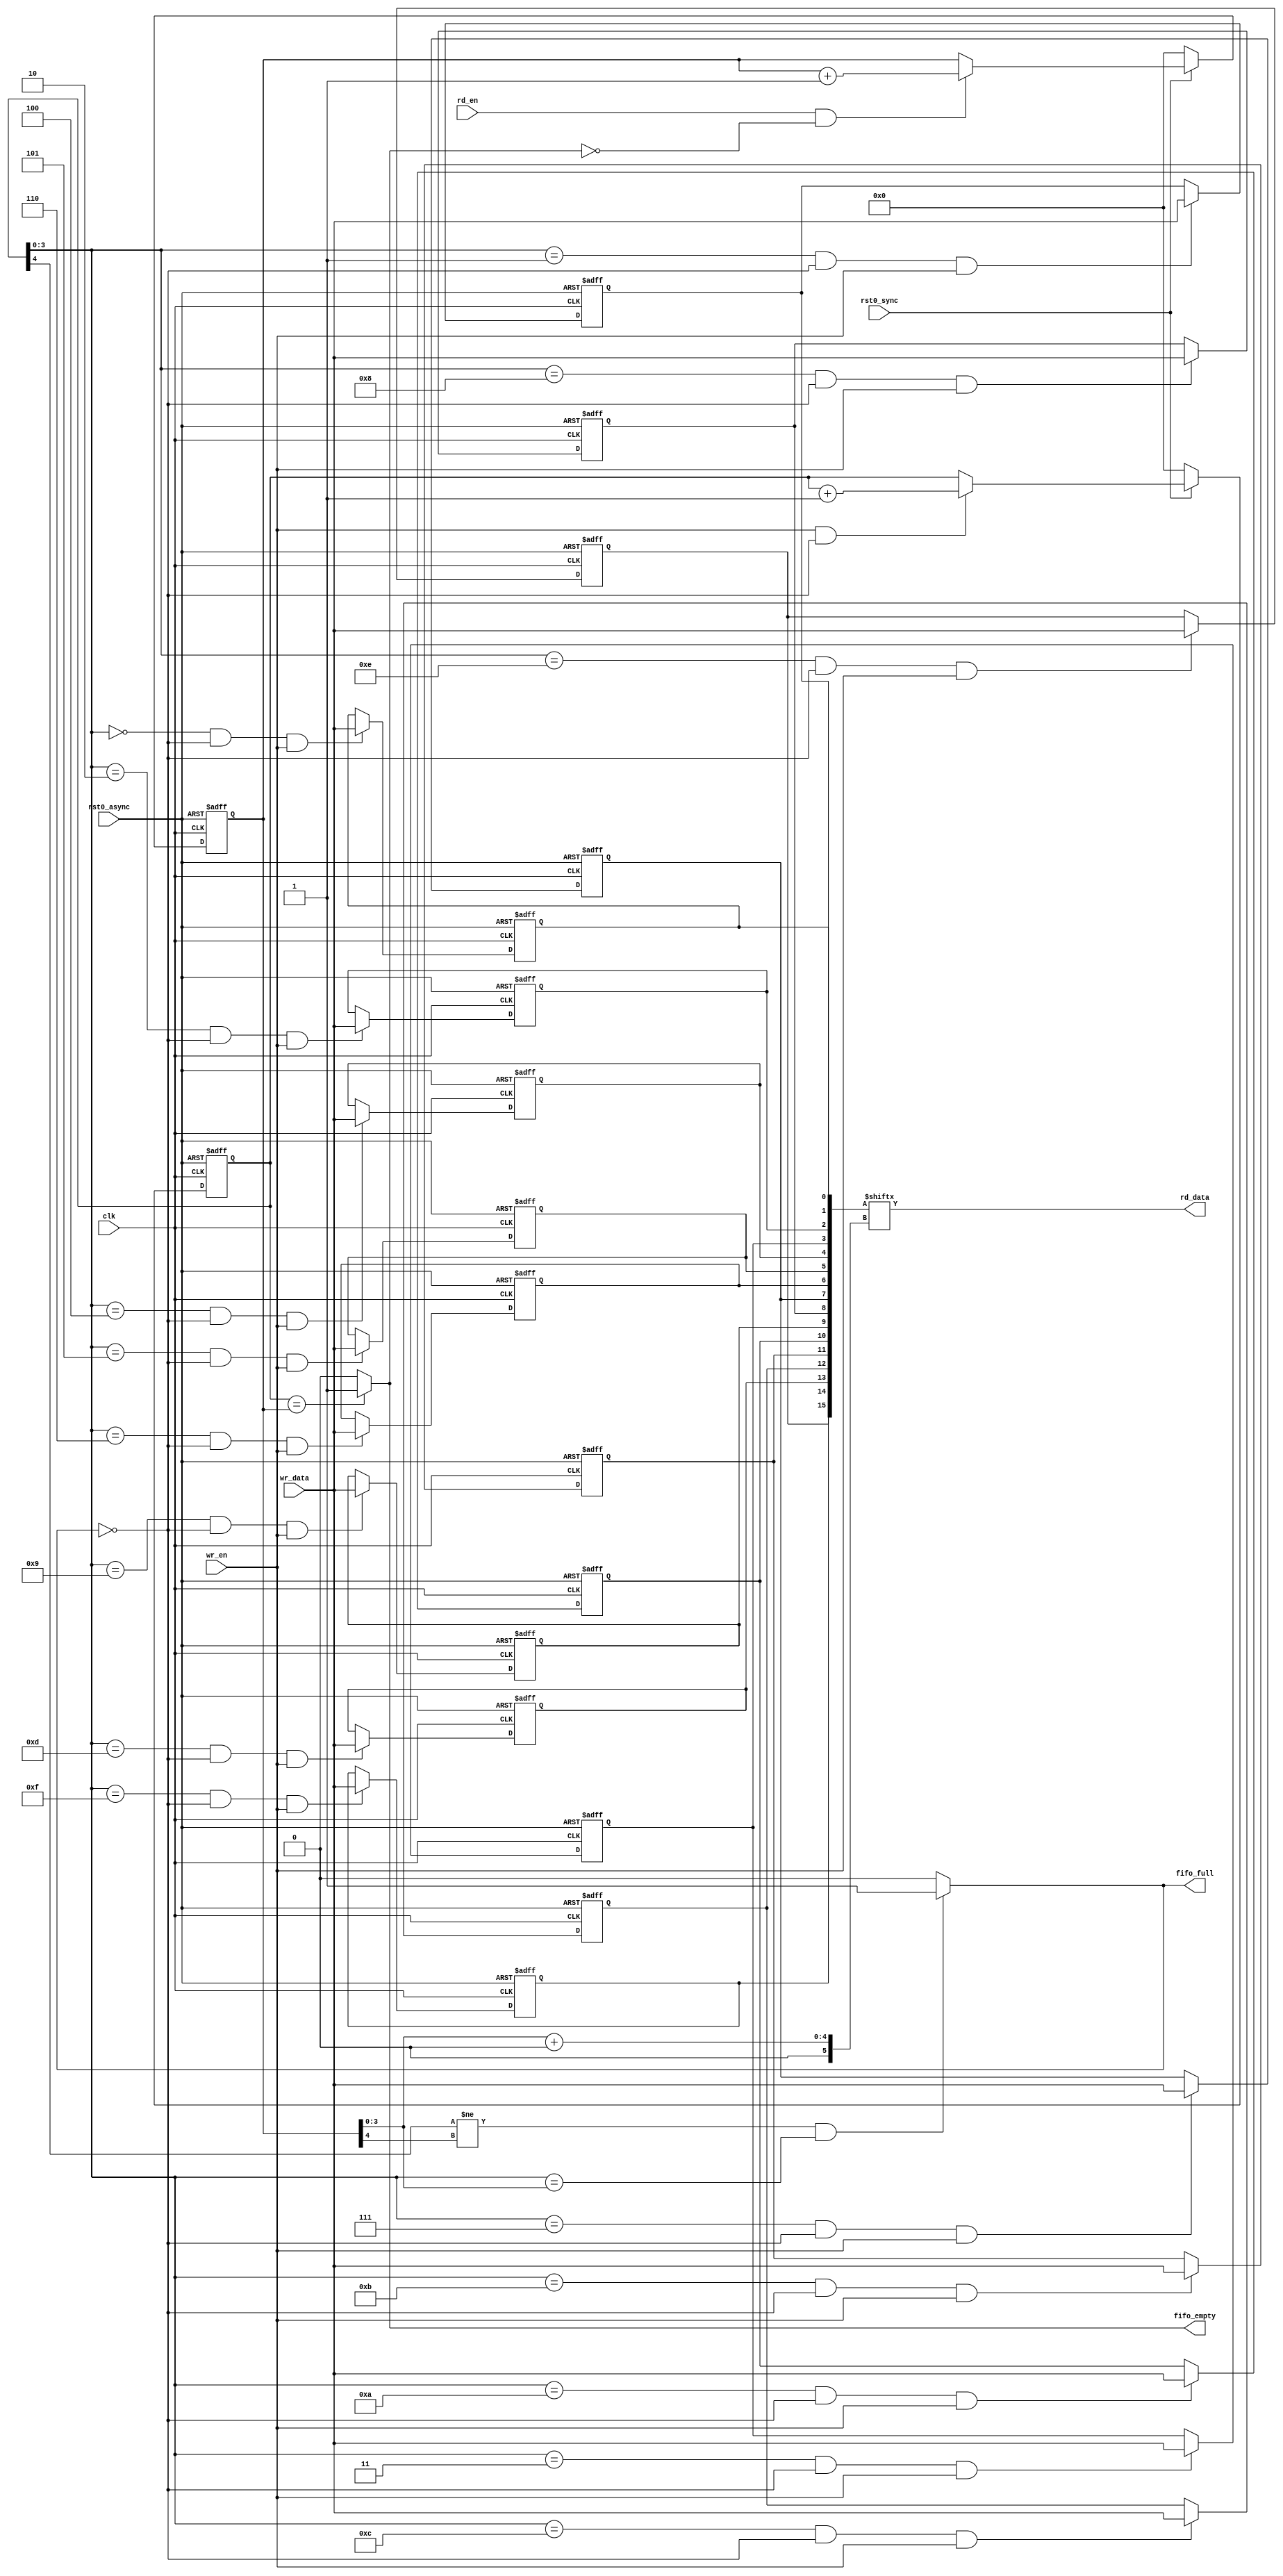
module usb_fifo_sync #(
                      parameter                     ADDR_WIDTH=4,
                      parameter                     WDATA_WIDTH=0,
                      parameter                     RDATA_WIDTH=0
                      )
                      (
                      input                         clk,
                      input                         rst0_async,
                      input                         rst0_sync,

                      input                         wr_en,
                      input[(1<<WDATA_WIDTH)-1:0]   wr_data,

                      input                         rd_en,
                      output[(1<<RDATA_WIDTH)-1:0]  rd_data,

                      output                        fifo_full,
                      output                        fifo_empty
                      );

  localparam                  FIFO_LENGTH= 1<<ADDR_WIDTH;
  reg[FIFO_LENGTH-1:0]        mem;
  reg[ADDR_WIDTH:WDATA_WIDTH] wr_addr;
  reg[ADDR_WIDTH:RDATA_WIDTH] rd_addr;

  //CONTROL
  generate
  genvar k;
  for(k=0; k<(1<<RDATA_WIDTH); k=k+1)
    begin:loopk
    assign rd_data[k]= mem[ (rd_addr[ADDR_WIDTH-1:RDATA_WIDTH]<<
                             RDATA_WIDTH)+k ];
    end

  if(WDATA_WIDTH>RDATA_WIDTH)
    begin
    assign fifo_full=  wr_addr[ADDR_WIDTH]!=rd_addr[ADDR_WIDTH] &
                       wr_addr[ADDR_WIDTH-1:WDATA_WIDTH]==
                       rd_addr[ADDR_WIDTH-1:WDATA_WIDTH] ? 1'b1 : 1'b0;
    assign fifo_empty= wr_addr[ADDR_WIDTH:WDATA_WIDTH]==
                       rd_addr[ADDR_WIDTH:WDATA_WIDTH] ? 1'b1 : 1'b0;
    end
  else
    begin
    assign fifo_full=  wr_addr[ADDR_WIDTH]!=rd_addr[ADDR_WIDTH] &
                       wr_addr[ADDR_WIDTH-1:RDATA_WIDTH]==
                       rd_addr[ADDR_WIDTH-1:RDATA_WIDTH] ? 1'b1 : 1'b0;
    assign fifo_empty= wr_addr[ADDR_WIDTH:RDATA_WIDTH]==
                       rd_addr[ADDR_WIDTH:RDATA_WIDTH] ? 1'b1 : 1'b0;
    end
  endgenerate

  always @(posedge clk, negedge rst0_async)
    begin
    if(!rst0_async)
      begin
      wr_addr<={(ADDR_WIDTH-WDATA_WIDTH+1){1'b0}};
      rd_addr<={(ADDR_WIDTH-RDATA_WIDTH+1){1'b0}};
      end
    else
      begin
      if(!rst0_sync)
        begin
        wr_addr<={(ADDR_WIDTH-WDATA_WIDTH+1){1'b0}};
        rd_addr<={(ADDR_WIDTH-RDATA_WIDTH+1){1'b0}};
        end
      else
        begin
        wr_addr<= wr_en & !fifo_full ? wr_addr+1'b1 : wr_addr;
        rd_addr<= rd_en & !fifo_empty ? rd_addr+1'b1 : rd_addr;
        end
      end
    end

  //BUFFER
  generate
  genvar i,j;
  for(i=0; i<(FIFO_LENGTH>>WDATA_WIDTH); i=i+1)
    begin:loopi
    for(j=i*(1<<WDATA_WIDTH) ; j<(i+1)*(1<<WDATA_WIDTH) ; j=j+1)
      begin:loopj
      always @(posedge clk, negedge rst0_async)
        if(!rst0_async)
          mem[j]<=1'b0;
        else
          mem[j]<=  wr_addr[ADDR_WIDTH-1:WDATA_WIDTH]==i &
                    !fifo_full & wr_en ? wr_data[j%(1<<WDATA_WIDTH)] :
                    mem[j];
      end
    end
  endgenerate
endmodule